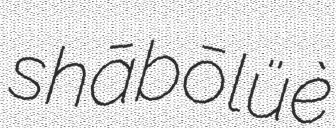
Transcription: shābōlüè